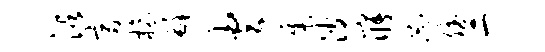
沾富榱罅火集波寤忐斌二